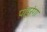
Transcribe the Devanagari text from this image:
पांडूरंगा